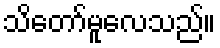
သိတော်မူလေသည်။